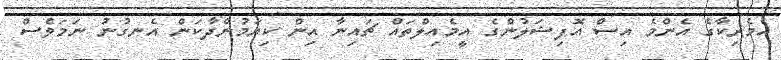
އެމެރިކާގެ އެންމެ އިސް އޮފިޝަލުންގެ އީމެއިލްތައް ޗައިނާ އިން ކިޔަމުންދާކަން އެނގުނު ނަމަވެސް